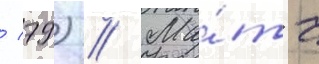
/ 79) // Ма́тч